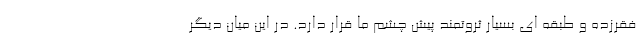
فقرزده و طبقه ای بسیار ثروتمند پیش چشم ما قرار دارد. در این میان دیگر